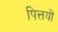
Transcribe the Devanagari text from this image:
पित्तयों